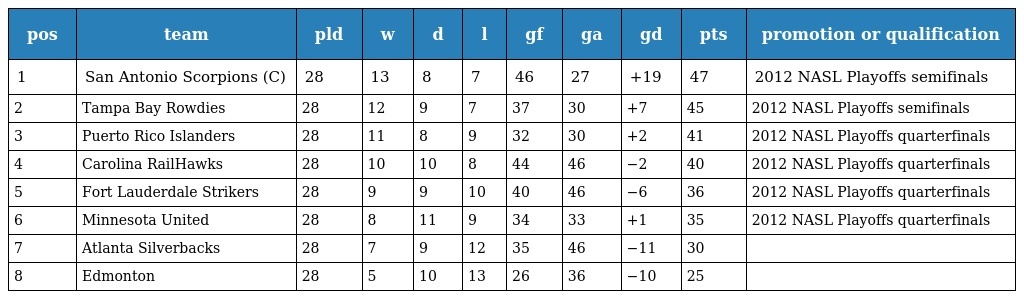
| pos | team | pld | w | d | l | gf | ga | gd | pts | promotion or qualification |
 | --- | --- | --- | --- | --- | --- | --- | --- | --- | --- | --- |
 | 1 | San Antonio Scorpions (C) | 28 | 13 | 8 | 7 | 46 | 27 | +19 | 47 | 2012 NASL Playoffs semifinals |
 | 2 | Tampa Bay Rowdies | 28 | 12 | 9 | 7 | 37 | 30 | +7 | 45 | 2012 NASL Playoffs semifinals |
 | 3 | Puerto Rico Islanders | 28 | 11 | 8 | 9 | 32 | 30 | +2 | 41 | 2012 NASL Playoffs quarterfinals |
 | 4 | Carolina RailHawks | 28 | 10 | 10 | 8 | 44 | 46 | −2 | 40 | 2012 NASL Playoffs quarterfinals |
 | 5 | Fort Lauderdale Strikers | 28 | 9 | 9 | 10 | 40 | 46 | −6 | 36 | 2012 NASL Playoffs quarterfinals |
 | 6 | Minnesota United | 28 | 8 | 11 | 9 | 34 | 33 | +1 | 35 | 2012 NASL Playoffs quarterfinals |
 | 7 | Atlanta Silverbacks | 28 | 7 | 9 | 12 | 35 | 46 | −11 | 30 |  |
 | 8 | Edmonton | 28 | 5 | 10 | 13 | 26 | 36 | −10 | 25 |  |